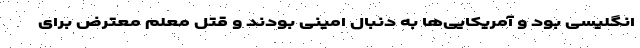
انگلیسی بود و آمریکایی‌ها به دنبال امینی بودند و قتل معلم معترض برای